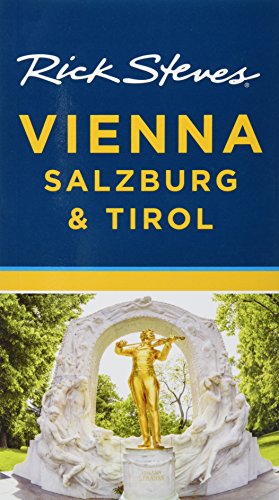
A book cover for Rick Steves Vienna, Salzburg & Tirol; Rick Steves; Travel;